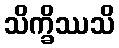
သိက္ခိဿသိ